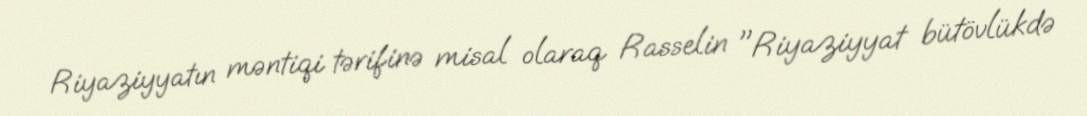
Riyaziyyatın məntiqi tərifinə misal olaraq Rasselin "Riyaziyyat bütövlükdə